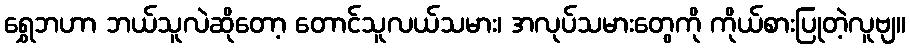
ရွှေဘဟာ ဘယ်သူလဲဆိုတော့ တောင်သူလယ်သမား၊ အလုပ်သမားတွေကို ကိုယ်စားပြုတဲ့လူဗျ။